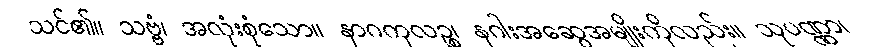
သင်၏။ သဗ္ဗံ၊ အလုံးစုံသော။ နာဂကုလဉ္စ၊ နဂါးအဆွေအမျိုးကိုလည်း။ သုပဏ္ဏာ၊